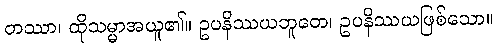
တဿာ၊ ထိုသမ္မာအယူ၏။ ဥပနိဿယဘူတေ၊ ဥပနိဿယဖြစ်သော။